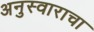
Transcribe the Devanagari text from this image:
अनुस्वाराचा